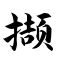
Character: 撷